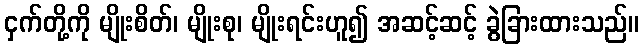
ငှက်တို့ကို မျိုးစိတ်၊ မျိုးစု၊ မျိုးရင်းဟူ၍ အဆင့်ဆင့် ခွဲခြားထားသည်။